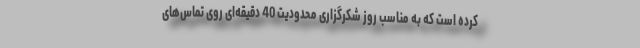
کرده است که به مناسب روز شکرگزاری محدودیت 40 دقیقه‌ای روی تماس‌های